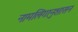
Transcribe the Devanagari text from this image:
नामलिगानुशासन